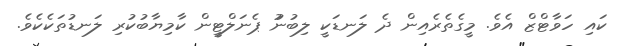
ކައި ހަވާޓްޒް އެވެ. މީގެތެރެއިން ދެ ލަނޑަކީ ލިބުނުު ޕެނަލްޓީން ކާމިޔާބުކުރި ލަނޑުތަކެކެވެ.